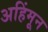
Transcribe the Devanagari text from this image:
अहिंमून